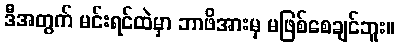
ဒီအတွက် မင်းရင်ထဲမှာ ဘာဖိအားမှ မဖြစ်စေချင်ဘူး။